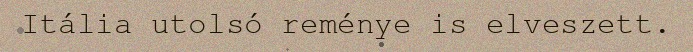
Itália utolsó reménye is elveszett.